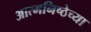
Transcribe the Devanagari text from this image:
आत्मनिष्ठेच्या